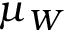
\mu _ { W }